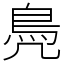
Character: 鳧